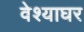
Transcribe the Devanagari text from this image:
वेश्याघर